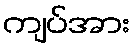
ကျပ်အား